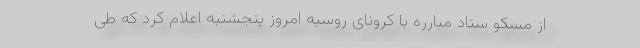
از مسکو ستاد مبارره با کرونای روسیه امروز پنجشنبه اعلام کرد که طی